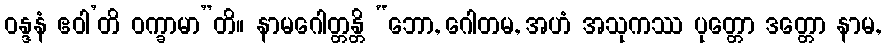
ဝန္ဒနံ ဧဝါ’တိ ဝက္ခာမာ”တိ။ နာမဂေါတ္တန္တိ “ဘော, ဂေါတမ, အဟံ အသုကဿ ပုတ္တော ဒတ္တော နာမ,